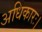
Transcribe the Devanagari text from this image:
अधिकारः।